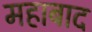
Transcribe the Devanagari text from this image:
महाबाद